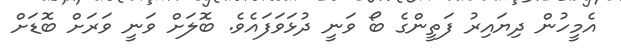
އެމީހުން ދިޔައިރު ފަތީންގެ ބޯ ވަނީ ދުޅަވަފައެވެ. ބޮލަށް ވަނީ ވަރަށް ބޮޑަށް